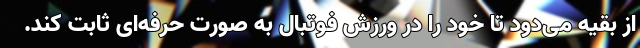
از بقیه می‌دود تا خود را در ورزش فوتبال به صورت حرفه‌ای ثابت کند.